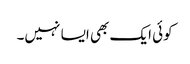
کوئی ایک بھی ایسا نہیں۔